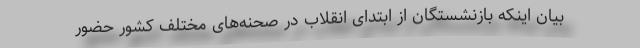
بیان اینکه بازنشستگان از ابتدای انقلاب در صحنه‌های مختلف کشور حضور